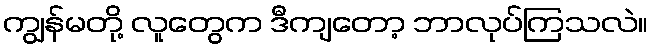
ကျွန်မတို့ လူတွေက ဒီကျတော့ ဘာလုပ်ကြသလဲ။